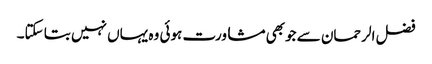
فضل الرحمان سے جوبھی مشاورت ہوئی وہ یہاں نہیں بتا سکتا۔